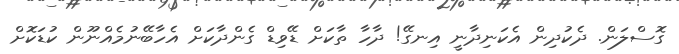
ގޮސްލަން. ދެކުދިން އެކަނިދާނީ އިނގޭ! ދާހާ ތާކަށް ޑޭވިޑް ގެންދާކަށް އެހާބޭނުމެއްނޫން ކުޑަކޮށް